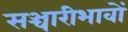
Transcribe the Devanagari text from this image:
सञ्चारीभावों